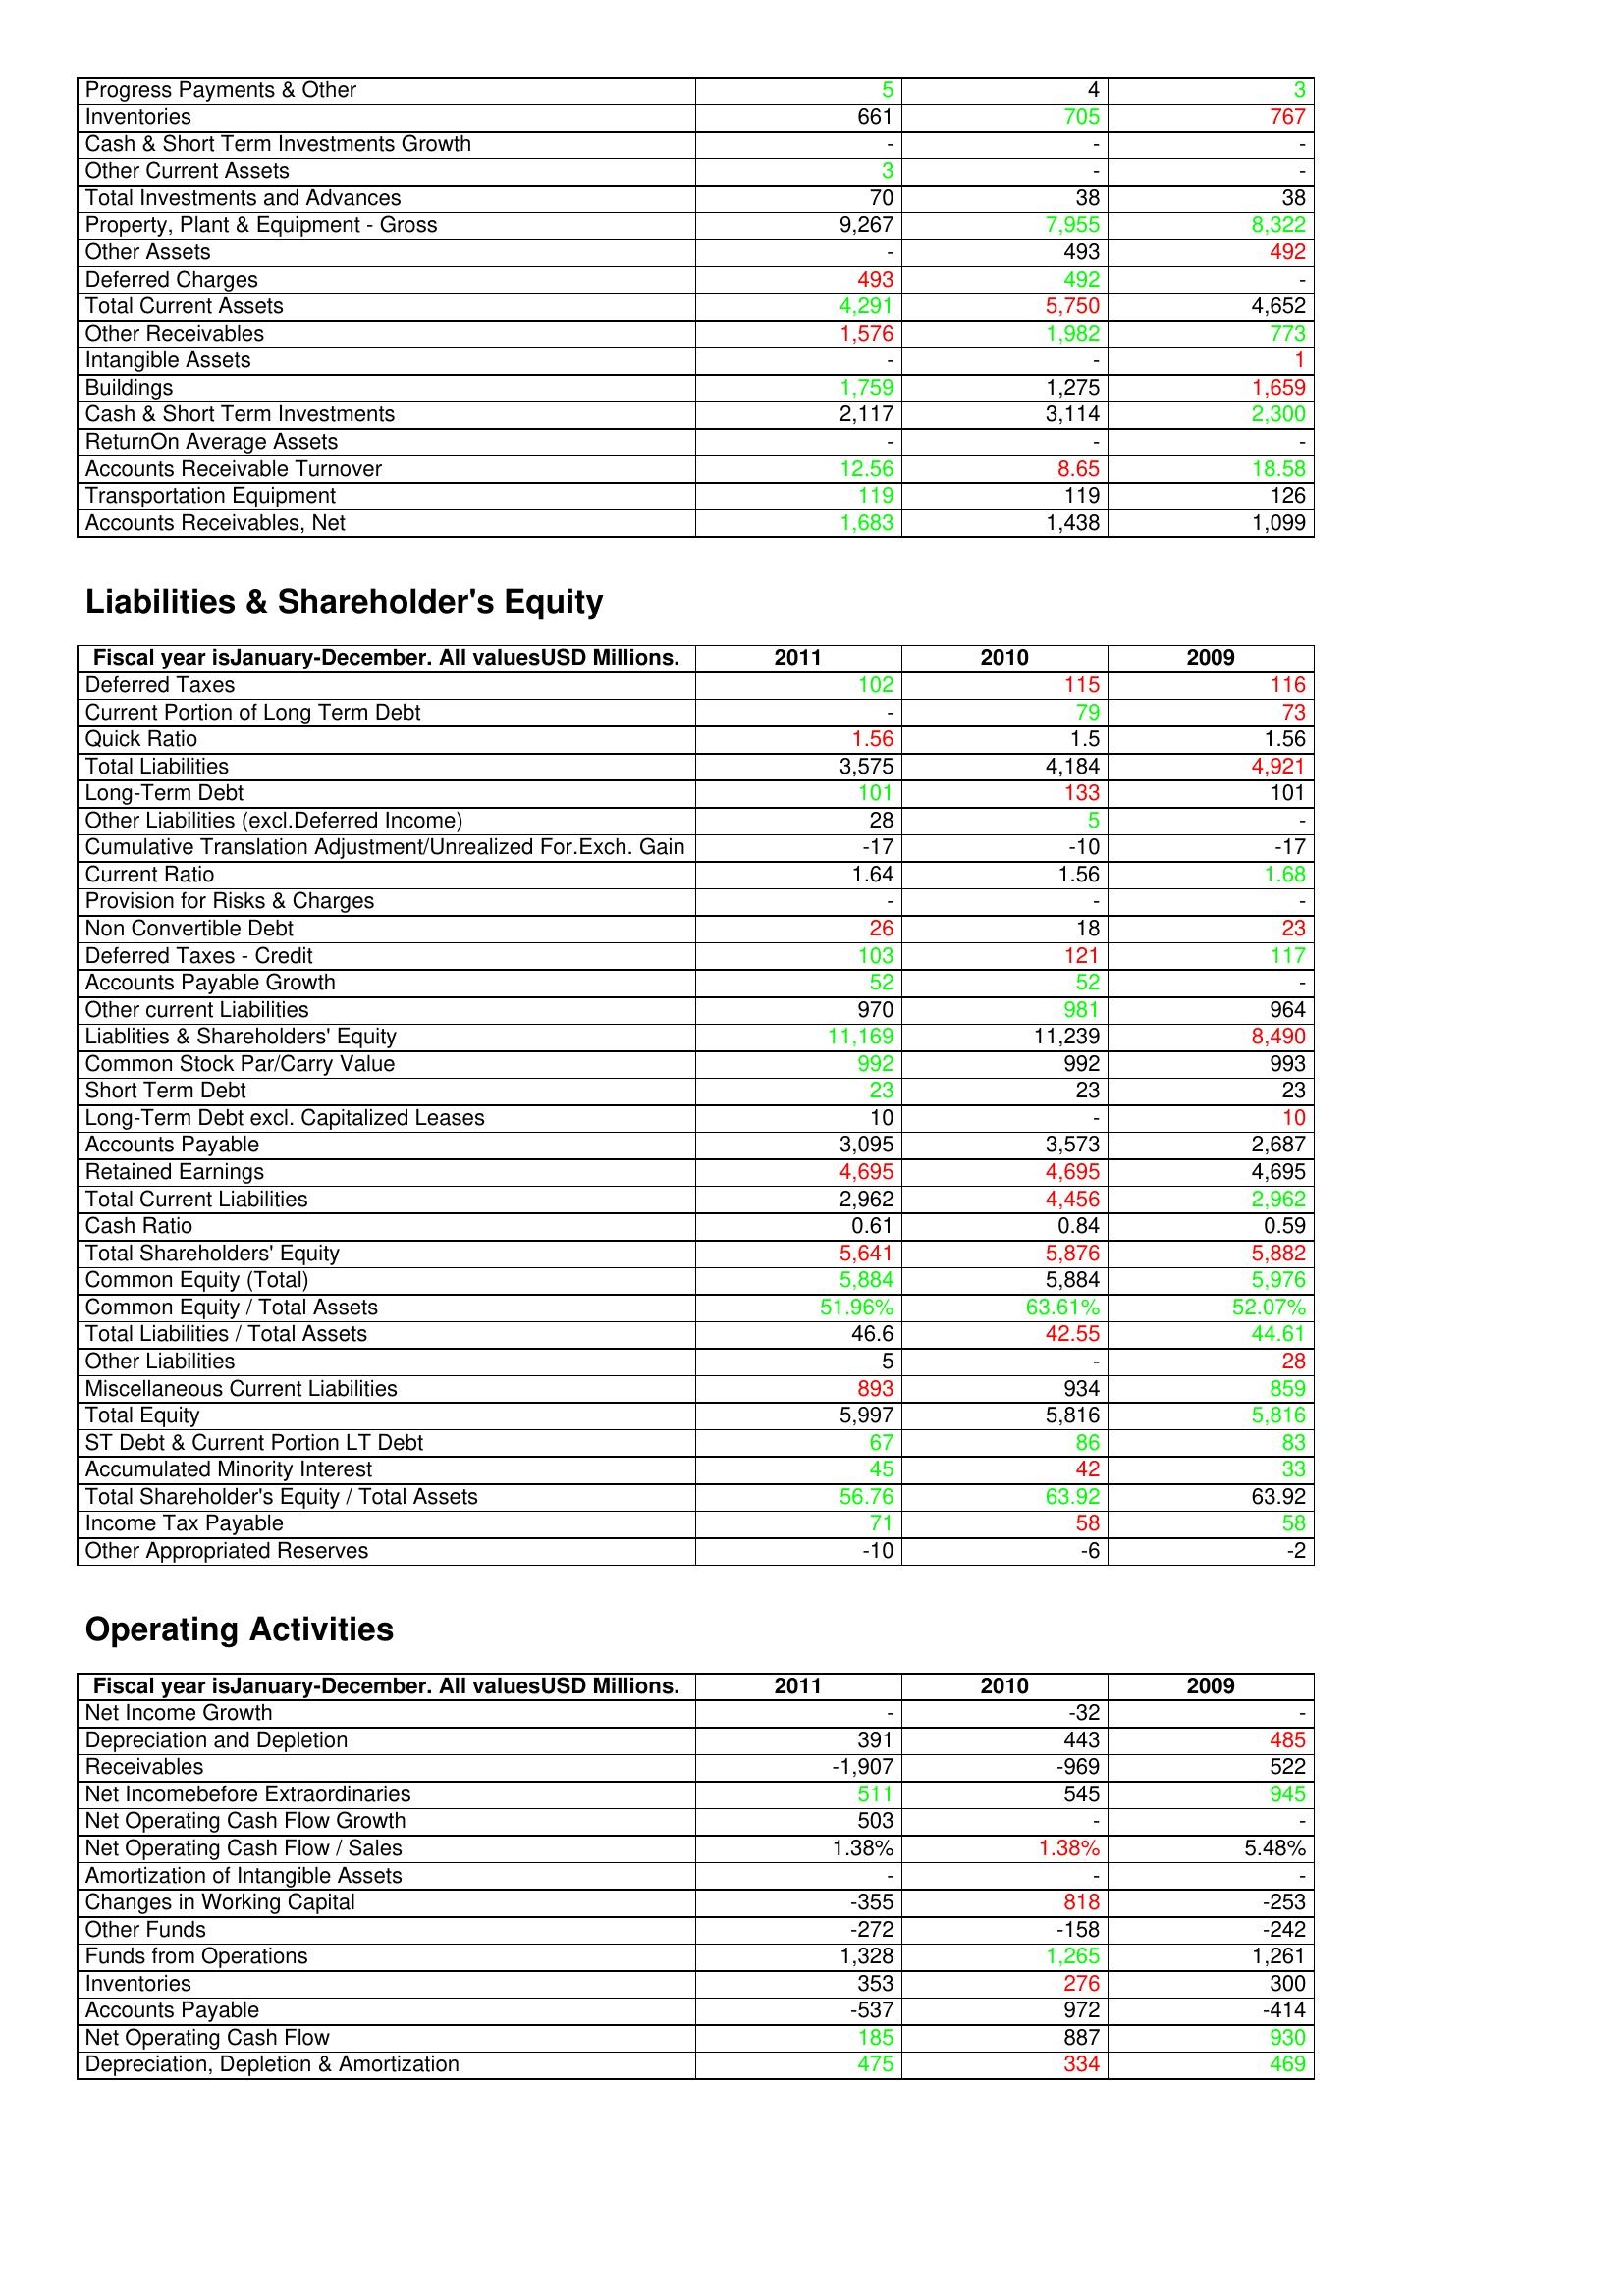
gt_parse: 2011: Assets: Progress Payments & Other: 5
Inventories: 661
Cash & Short Term Investments Growth: -
Other Current Assets: 3
Total Investments and Advances: 70
Property, Plant & Equipment - Gross : 9,267
Other Assets: -
Deferred Charges: 493
Total Current Assets: 4,291
Other Receivables: 1,576
Intangible Assets: -
Buildings: 1,759
Cash & Short Term Investments: 2,117
ReturnOn Average Assets: -
Accounts Receivable Turnover: 12.56
Transportation Equipment: 119
Accounts Receivables, Net: 1,683
Liabilities & Shareholder's Equity: Deferred Taxes: 102
Current Portion of Long Term Debt: -
Quick Ratio: 1.56
Total Liabilities: 3,575
Long-Term Debt: 101
Other Liabilities (excl.Deferred Income): 28
Cumulative Translation Adjustment/Unrealized For.Exch. Gain: -17
Current Ratio: 1.64
Provision for Risks & Charges: -
Non Convertible Debt: 26
Deferred Taxes - Credit: 103
Accounts Payable Growth: 52
Other current Liabilities: 970
Liablities & Shareholders' Equity: 11,169
Common Stock Par/Carry Value: 992
Short Term Debt: 23
Long-Term Debt excl. Capitalized Leases: 10
Accounts Payable: 3,095
Retained Earnings: 4,695
Total Current Liabilities: 2,962
Cash Ratio: 0.61
Total Shareholders' Equity: 5,641
Common Equity (Total): 5,884
Common Equity / Total Assets: 51.96%
Total Liabilities / Total Assets: 46.6
Other Liabilities: 5
Miscellaneous Current Liabilities: 893
Total Equity: 5,997
ST Debt & Current Portion LT Debt: 67
Accumulated Minority Interest: 45
Total Shareholder's Equity / Total Assets: 56.76
Income Tax Payable: 71
Other Appropriated Reserves: -10
Operating Activities: Net Income Growth: -
Depreciation and Depletion: 391
Receivables: -1,907
Net Incomebefore Extraordinaries: 511
Net Operating Cash Flow Growth: 503
Net Operating Cash Flow / Sales: 1.38%
Amortization of Intangible Assets: -
Changes in Working Capital: -355
Other Funds: -272
Funds from Operations: 1,328
Inventories: 353
Accounts Payable: -537
Net Operating Cash Flow: 185
Depreciation, Depletion & Amortization: 475
2010: Assets: Progress Payments & Other: 4
Inventories: 705
Cash & Short Term Investments Growth: -
Other Current Assets: -
Total Investments and Advances: 38
Property, Plant & Equipment - Gross : 7,955
Other Assets: 493
Deferred Charges: 492
Total Current Assets: 5,750
Other Receivables: 1,982
Intangible Assets: -
Buildings: 1,275
Cash & Short Term Investments: 3,114
ReturnOn Average Assets: -
Accounts Receivable Turnover: 8.65
Transportation Equipment: 119
Accounts Receivables, Net: 1,438
Liabilities & Shareholder's Equity: Deferred Taxes: 115
Current Portion of Long Term Debt: 79
Quick Ratio: 1.5
Total Liabilities: 4,184
Long-Term Debt: 133
Other Liabilities (excl.Deferred Income): 5
Cumulative Translation Adjustment/Unrealized For.Exch. Gain: -10
Current Ratio: 1.56
Provision for Risks & Charges: -
Non Convertible Debt: 18
Deferred Taxes - Credit: 121
Accounts Payable Growth: 52
Other current Liabilities: 981
Liablities & Shareholders' Equity: 11,239
Common Stock Par/Carry Value: 992
Short Term Debt: 23
Long-Term Debt excl. Capitalized Leases: -
Accounts Payable: 3,573
Retained Earnings: 4,695
Total Current Liabilities: 4,456
Cash Ratio: 0.84
Total Shareholders' Equity: 5,876
Common Equity (Total): 5,884
Common Equity / Total Assets: 63.61%
Total Liabilities / Total Assets: 42.55
Other Liabilities: -
Miscellaneous Current Liabilities: 934
Total Equity: 5,816
ST Debt & Current Portion LT Debt: 86
Accumulated Minority Interest: 42
Total Shareholder's Equity / Total Assets: 63.92
Income Tax Payable: 58
Other Appropriated Reserves: -6
Operating Activities: Net Income Growth: -32
Depreciation and Depletion: 443
Receivables: -969
Net Incomebefore Extraordinaries: 545
Net Operating Cash Flow Growth: -
Net Operating Cash Flow / Sales: 1.38%
Amortization of Intangible Assets: -
Changes in Working Capital: 818
Other Funds: -158
Funds from Operations: 1,265
Inventories: 276
Accounts Payable: 972
Net Operating Cash Flow: 887
Depreciation, Depletion & Amortization: 334
2009: Assets: Progress Payments & Other: 3
Inventories: 767
Cash & Short Term Investments Growth: -
Other Current Assets: -
Total Investments and Advances: 38
Property, Plant & Equipment - Gross : 8,322
Other Assets: 492
Deferred Charges: -
Total Current Assets: 4,652
Other Receivables: 773
Intangible Assets: 1
Buildings: 1,659
Cash & Short Term Investments: 2,300
ReturnOn Average Assets: -
Accounts Receivable Turnover: 18.58
Transportation Equipment: 126
Accounts Receivables, Net: 1,099
Liabilities & Shareholder's Equity: Deferred Taxes: 116
Current Portion of Long Term Debt: 73
Quick Ratio: 1.56
Total Liabilities: 4,921
Long-Term Debt: 101
Other Liabilities (excl.Deferred Income): -
Cumulative Translation Adjustment/Unrealized For.Exch. Gain: -17
Current Ratio: 1.68
Provision for Risks & Charges: -
Non Convertible Debt: 23
Deferred Taxes - Credit: 117
Accounts Payable Growth: -
Other current Liabilities: 964
Liablities & Shareholders' Equity: 8,490
Common Stock Par/Carry Value: 993
Short Term Debt: 23
Long-Term Debt excl. Capitalized Leases: 10
Accounts Payable: 2,687
Retained Earnings: 4,695
Total Current Liabilities: 2,962
Cash Ratio: 0.59
Total Shareholders' Equity: 5,882
Common Equity (Total): 5,976
Common Equity / Total Assets: 52.07%
Total Liabilities / Total Assets: 44.61
Other Liabilities: 28
Miscellaneous Current Liabilities: 859
Total Equity: 5,816
ST Debt & Current Portion LT Debt: 83
Accumulated Minority Interest: 33
Total Shareholder's Equity / Total Assets: 63.92
Income Tax Payable: 58
Other Appropriated Reserves: -2
Operating Activities: Net Income Growth: -
Depreciation and Depletion: 485
Receivables: 522
Net Incomebefore Extraordinaries: 945
Net Operating Cash Flow Growth: -
Net Operating Cash Flow / Sales: 5.48%
Amortization of Intangible Assets: -
Changes in Working Capital: -253
Other Funds: -242
Funds from Operations: 1,261
Inventories: 300
Accounts Payable: -414
Net Operating Cash Flow: 930
Depreciation, Depletion & Amortization: 469